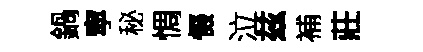
鍋寜秘惆惙泣兹補莊